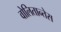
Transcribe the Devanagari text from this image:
वोलितान्तेस